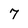
Character: 7